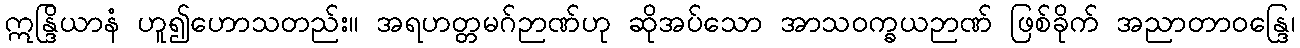
ဣန္ဒြိယာနံ ဟူ၍ဟောသတည်း။ အရဟတ္တမဂ်ဉာဏ်ဟု ဆိုအပ်သော အာသဝက္ခယဉာဏ် ဖြစ်ခိုက် အညာတာဝန္ဒြေ၊